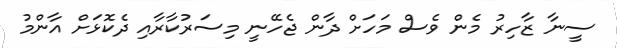
ސީނާ ޒާހިރު މެން ވެސް މަހަށް ދާން ޖެހޭނީ މިސަރުކާރާއި ދެކޮޅަށް އާންމު